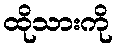
ထိုသားကို